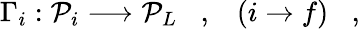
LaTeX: \Gamma_{i}:{\cal P}_{i}\longrightarrow{\cal P}_{L}\; \; \; ,\; \; \; (i\rightarrow f)\; \; \; ,